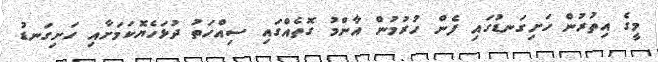
މީގެ އިތުރުން ހަށިގަނޑުގައި ފެން ހުރުމުން އާންމު ގޮތެއްގައި ސިއްހަތު ދުޅަހެޔޮކަމަށާއި ހަށިގަނޑު